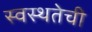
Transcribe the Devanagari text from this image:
स्वस्थतेची